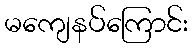
မကျေနပ်ကြောင်း